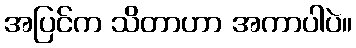
အပြင်က သိတာဟာ အကာပါပဲ။